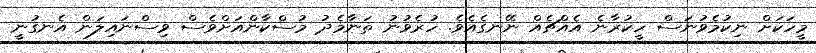
މީހަކަށް ނިކުމެވުނަސް ހީކުރާނެ އެއްޗެއް ނޭނގެއެވެ. ހުރެވުނު ތަނާމެދު މުސްކާންއަށްވެސް ވިސްނައިލަން އެނގުނީ